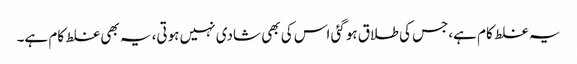
یہ غلط کام ہے،جس کی طلاق ہوگئی اس کی بھی شادی نہیں ہوتی، یہ بھی غلط کام ہے۔